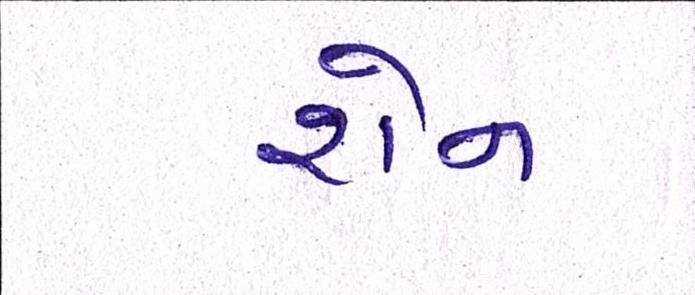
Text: શેન